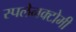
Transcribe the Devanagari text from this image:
स्पलेनक्टोमी